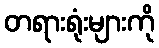
တရားရုံးများကို